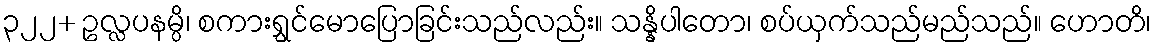
၃၂၂+ ဥလ္လပနမ္ပိ၊ စကားရွှင်မောပြောခြင်းသည်လည်း။ သန္နိပါတော၊ စပ်ယှက်သည်မည်သည်။ ဟောတိ၊